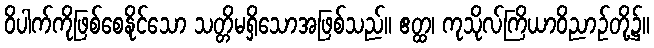
ဝိပါက်ကိုဖြစ်စေနိုင်သော သတ္တိမရှိသောအဖြစ်သည်။ ဧတ္ထ၊ ကုသိုလ်ကြိယာဝိညာဉ်တို့၌။